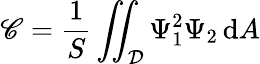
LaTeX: \mathscr{C}=\frac{1}{S}\iint_{\mathcal{D}}\Psi_{1}^{2}\Psi_{2}\, \mathrm{d}A